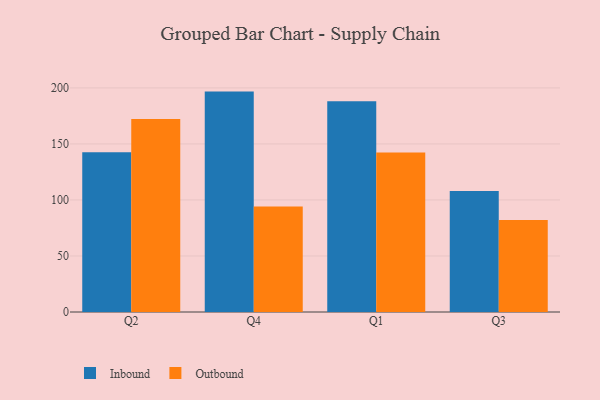
{"axis": {"x": "Quarter", "y": "LTV (USD)"}, "legend": ["Inbound", "Outbound"], "data": [{"x": "Q2", "y": 142.5, "type": "Inbound"}, {"x": "Q2", "y": 172.3, "type": "Outbound"}, {"x": "Q4", "y": 196.7, "type": "Inbound"}, {"x": "Q4", "y": 94.1, "type": "Outbound"}, {"x": "Q1", "y": 188.1, "type": "Inbound"}, {"x": "Q1", "y": 142.3, "type": "Outbound"}, {"x": "Q3", "y": 108.0, "type": "Inbound"}, {"x": "Q3", "y": 82.1, "type": "Outbound"}]}